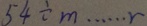
5 4 \div m \cdots r